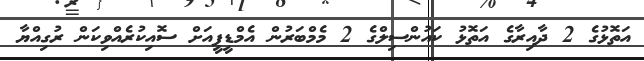
އަތޮޅުގެ 2 ދާއިރާގެ އަތޮޅު ކައުންސިލްގެ 2 މެމްބަރުން އެމްޑީޕީއަށް ސޮއިކުރެއްވިކަން ރުގިއްޔާ